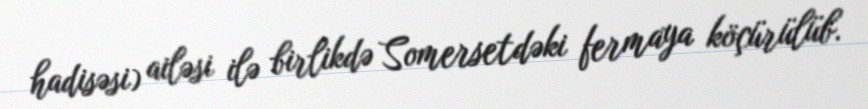
hadisəsi) ailəsi ilə birlikdə Somersetdəki fermaya köçürülüb.